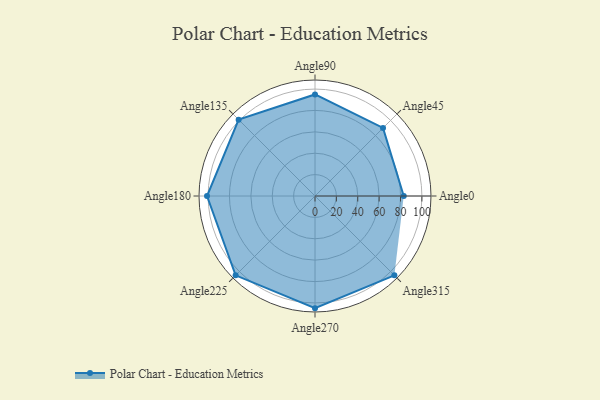
{"axis": {"x": "Angle", "y": "Radius"}, "legend": [""], "data": [{"x": "Angle0", "y": 83.0, "type": ""}, {"x": "Angle45", "y": 90.0, "type": ""}, {"x": "Angle90", "y": 95.0, "type": ""}, {"x": "Angle135", "y": 101.0, "type": ""}, {"x": "Angle180", "y": 101.0, "type": ""}, {"x": "Angle225", "y": 105.0, "type": ""}, {"x": "Angle270", "y": 105.0, "type": ""}, {"x": "Angle315", "y": 105.0, "type": ""}]}